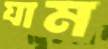
যাম